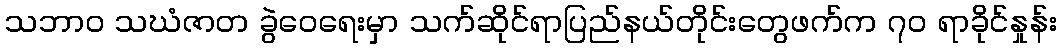
သဘာ၀ သဃံဇာတ ခွဲဝေရေးမှာ သက်ဆိုင်ရာပြည်နယ်တိုင်းတွေဖက်က ၇၀ ရာခိုင်နှုန်း